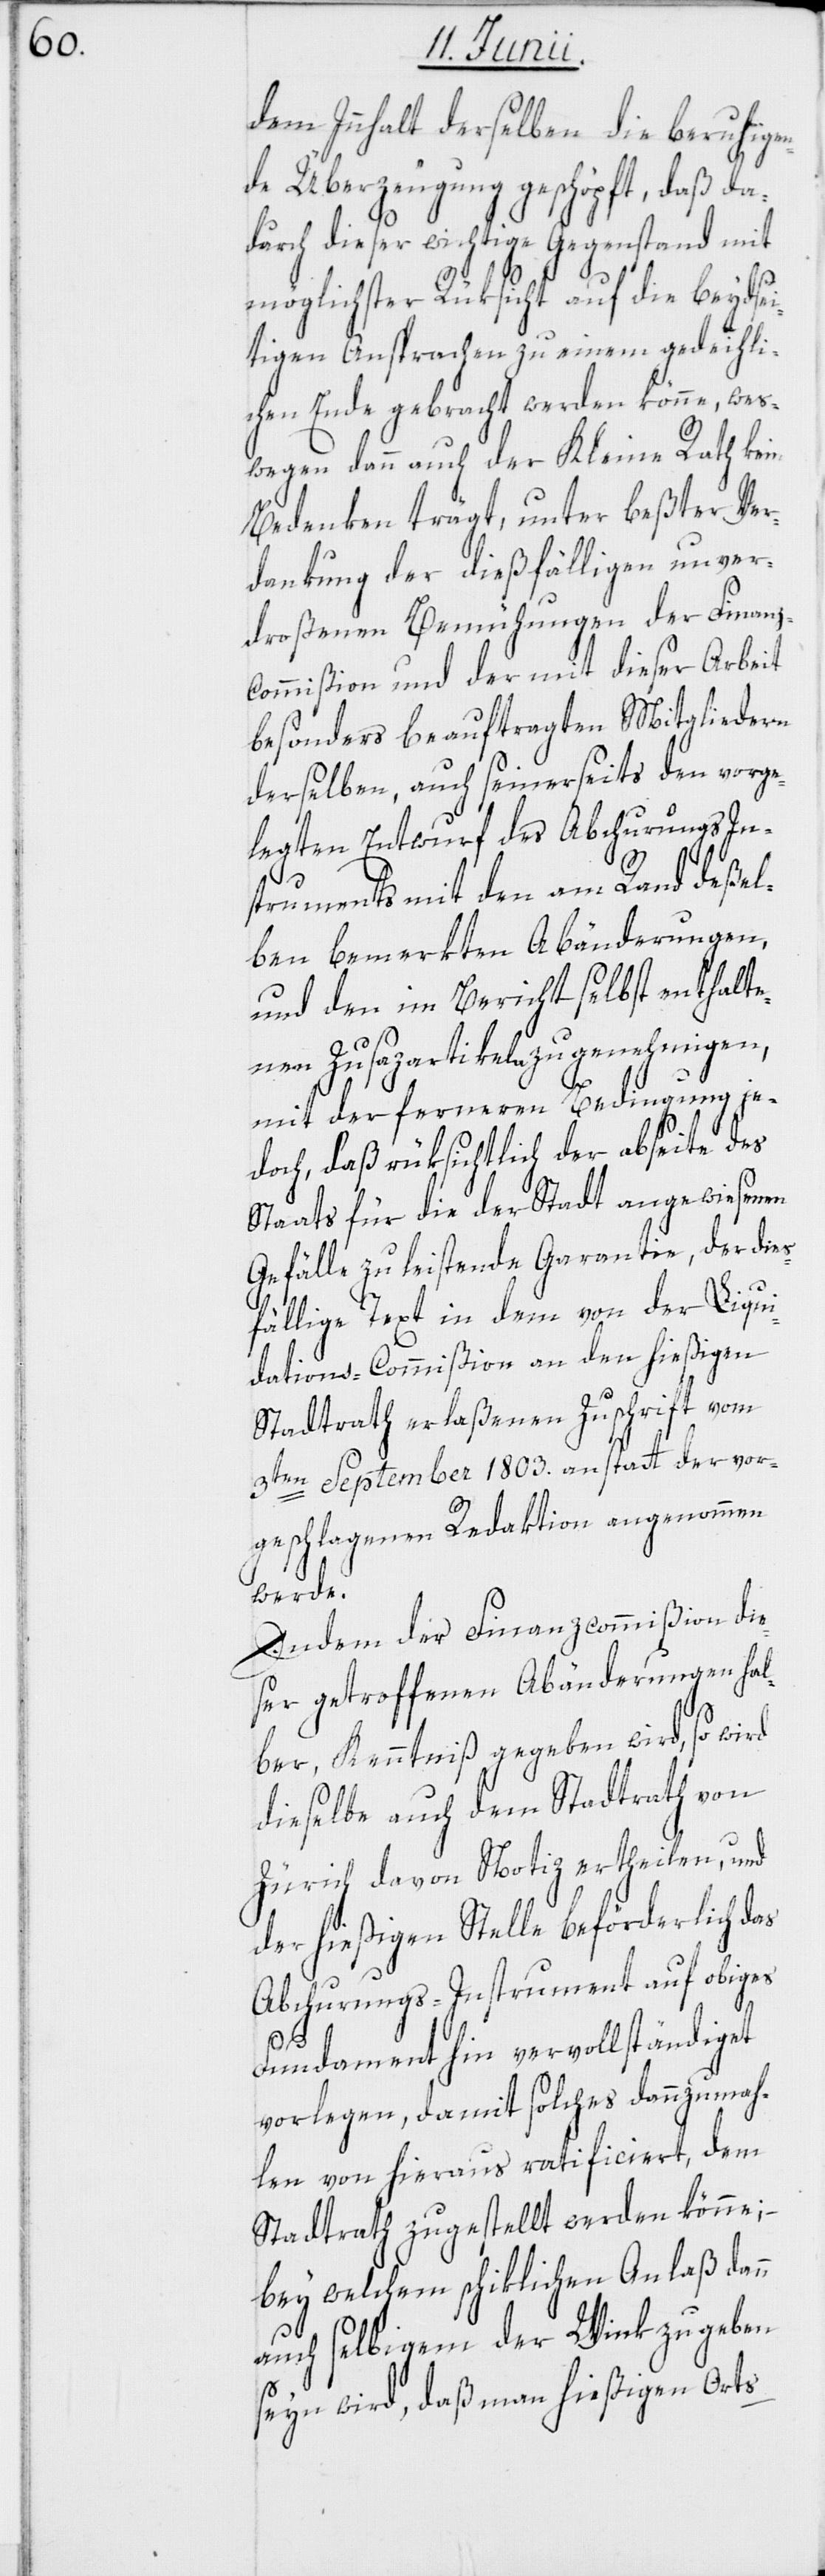
dem Innhalt derselben die beruhigen¬
de Überzeugung geschöpft, daß da¬
durch dieser wichtige Gegenstand mit
möglichster Rüksicht auf die beydsei¬
tigen Ansprachen zu einem gedeihli¬
chen Ende gebracht werden könne, wes¬
wegen dann auch der Kleine Rath kein
Bedenken trägt, unter beßter Ver¬
dankung der dießfälligen unver¬
droßenen Bemühungen der Finanz¬
commißion und der mit dieser Arbeit
besonders beauftragten Mitgliedern
derselben, auch seinerseits den vorge¬
legten Entwurf des Abchurungs In¬
struments mit den am Rand deßel¬
ben bemerkten Abänderungen,
und den im Bericht selbst enthalte¬
nen Zusazartikeln zu genehmigen,
mit der ferneren Bedingung je¬
doch, daß rüksichtlich der abseite des
Staats für die der Stadt angewiesenen
Gefälle zu leistende Garantie, der dies¬
fällige Text in dem von der Liqui¬
dations-Commißion an den hießigen
Stadtrath erlaßenen Zuschrift vom
3ten September 1803. anstatt der vor¬
geschlagenen Redaktion angenommen
werde.
Indem der Finanzcommißion die¬
ser getroffenen Abänderungen hal¬
ber, Kenntniß gegeben wird, so wird
dieselbe auch dem Stadtrath von
Zürich davon Notiz ertheilen, und
der hießigen Stelle beförderlich das
Abchurungs-Instrument auf obiges
Fundament hin vervollständiget
vorlegen, damit solches dannzumah¬
len von hieraus ratificiert, dem
Stadtrath zugestellt werden könne;
bey welchem schiklichen Anlaß dann
auch selbigem der Wink zu geben
seyn wird, daß man hießigen Orts